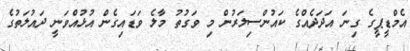
އެމްޑީޕީގެ ގިނަ އަދަދެއްގެ ކައުންސިލަރުން މި ވަގުތު މާލެ ވަޑައިގެން އުޅުއްވަނީ ދައުލަތުގެ